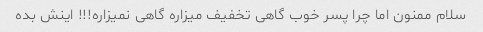
سلام ممنون اما چرا پسر خوب گاهی تخفیف میزاره گاهی نمیزاره!!! اینش بده